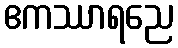
ဧကဿာရညေ